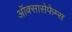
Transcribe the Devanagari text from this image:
ऑक्सासेफेम्स